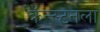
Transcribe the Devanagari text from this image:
क्रॅन्स्टनला